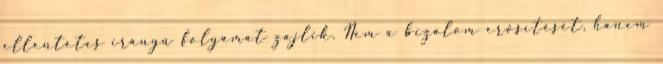
ellentétes irányú folyamat zajlik. Nem a bizalom erősítését, hanem